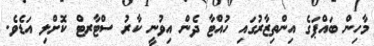
މާހިން ބައްޕަގެ އިންތިޒާރުގައި ހުއްޓާ ދެން އިވުނީ ކާރު ސްޓާރޓް ކޮށްލި އަޑެވެ.